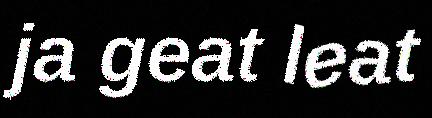
ja geat leat